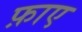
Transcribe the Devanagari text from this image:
फ़ाए